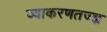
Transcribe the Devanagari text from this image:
व्याकरणतज्‍ज्ञ